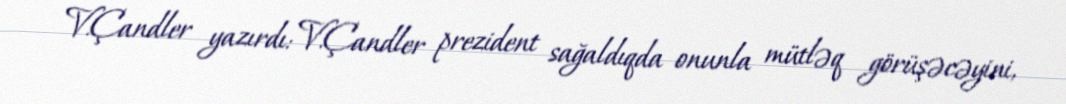
V.Çandler yazırdı: V.Çandler prezident sağaldıqda onunla mütləq görüşəcəyini,